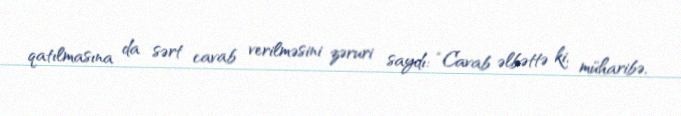
qatılmasına da sərt cavab verilməsini zəruri saydı: “Cavab əlbəttə ki, müharibə,